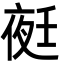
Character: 𭐺